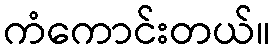
ကံကောင်းတယ်။